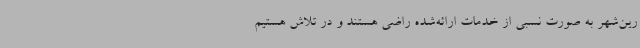
رین‌شهر به صورت نسبی از خدمات ارائه‌شده راضی هستند و در تلاش هستیم